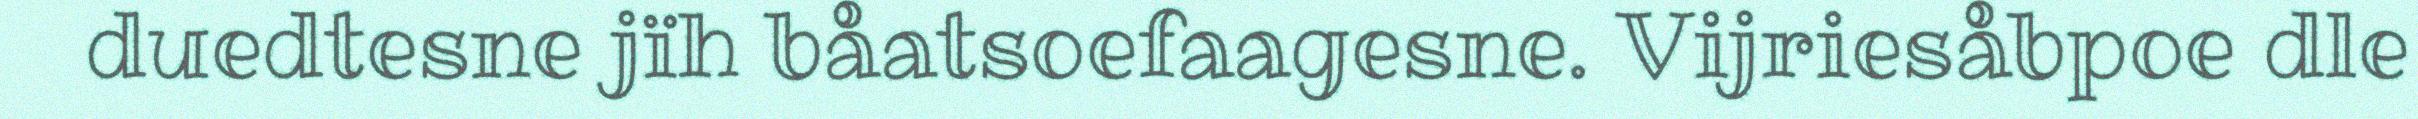
duedtesne jïh båatsoefaagesne. Vijriesåbpoe dle